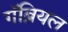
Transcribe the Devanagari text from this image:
गॅब्रियल